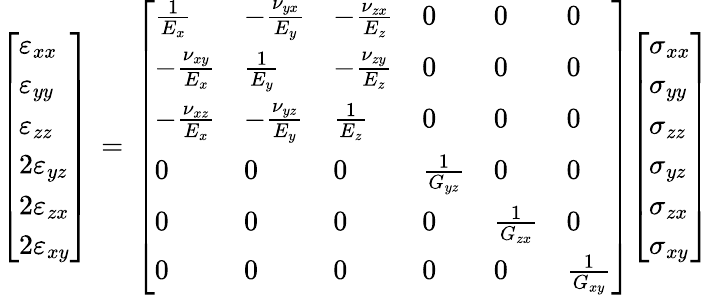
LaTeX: {\left[\begin{array}{l}{\varepsilon_{xx}}\\ {\varepsilon_{yy}}\\ {\varepsilon_{zz}}\\ {2\varepsilon_{yz}}\\ {2\varepsilon_{zx}}\\ {2\varepsilon_{xy}}\end{array}\right]}\, =\, {\left[\begin{array}{llllll}{{\frac{1}{E_{x}}}}&{-{\frac{\nu_{yx}}{E_{y}}}}&{-{\frac{\nu_{zx}}{E_{z}}}}&{0}&{0}&{0}\\ {-{\frac{\nu_{xy}}{E_{x}}}}&{{\frac{1}{E_{y}}}}&{-{\frac{\nu_{zy}}{E_{z}}}}&{0}&{0}&{0}\\ {-{\frac{\nu_{xz}}{E_{x}}}}&{-{\frac{\nu_{yz}}{E_{y}}}}&{{\frac{1}{E_{z}}}}&{0}&{0}&{0}\\ {0}&{0}&{0}&{{\frac{1}{G_{yz}}}}&{0}&{0}\\ {0}&{0}&{0}&{0}&{{\frac{1}{G_{zx}}}}&{0}\\ {0}&{0}&{0}&{0}&{0}&{{\frac{1}{G_{xy}}}}\end{array}\right]}{\left[\begin{array}{l}{\sigma_{xx}}\\ {\sigma_{yy}}\\ {\sigma_{zz}}\\ {\sigma_{yz}}\\ {\sigma_{zx}}\\ {\sigma_{xy}}\end{array}\right]}